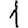
Digit: 1